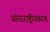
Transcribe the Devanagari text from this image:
आंतरराष्ट्रीयकरण